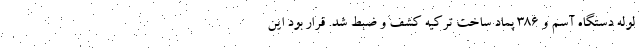
لوله دستگاه آسم و 386 پماد ساخت ترکیه کشف و ضبط شد. قرار بود این